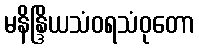
မနိန္ဒြိယသံဝရသံဝုတော